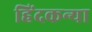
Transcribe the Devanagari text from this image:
हिंदकन्या